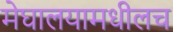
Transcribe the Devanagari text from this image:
मेघालयामधीलच